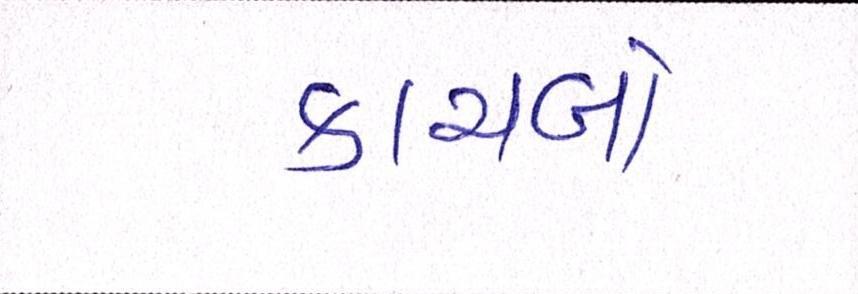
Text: કાચબો